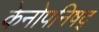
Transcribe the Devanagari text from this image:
केनोपनिषद्